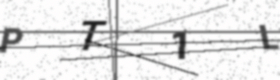
Text: PT1L